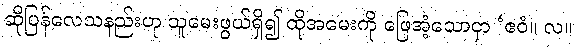
ဆိုပြန်လေသနည်းဟု သူမေးဖွယ်ရှိ၍ ထိုအမေးကို ဖြေအံ့သောငှာ ‘ဧဝံ။ လ။